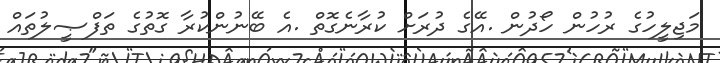
މަޖިލީހުގެ ރުހުން ހޯދުން .އޭގެ ދުރަށް ކުރާނެގޮތް .އެ ބޭނުންކުރާ ގޮތުގެ ތަފްޞީލުތައް